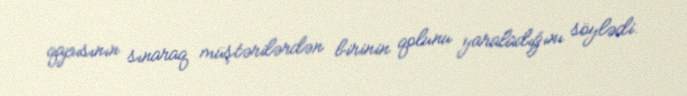
qapısının sınaraq müştərilərdən birinin qolunu yaraladığını söylədi.